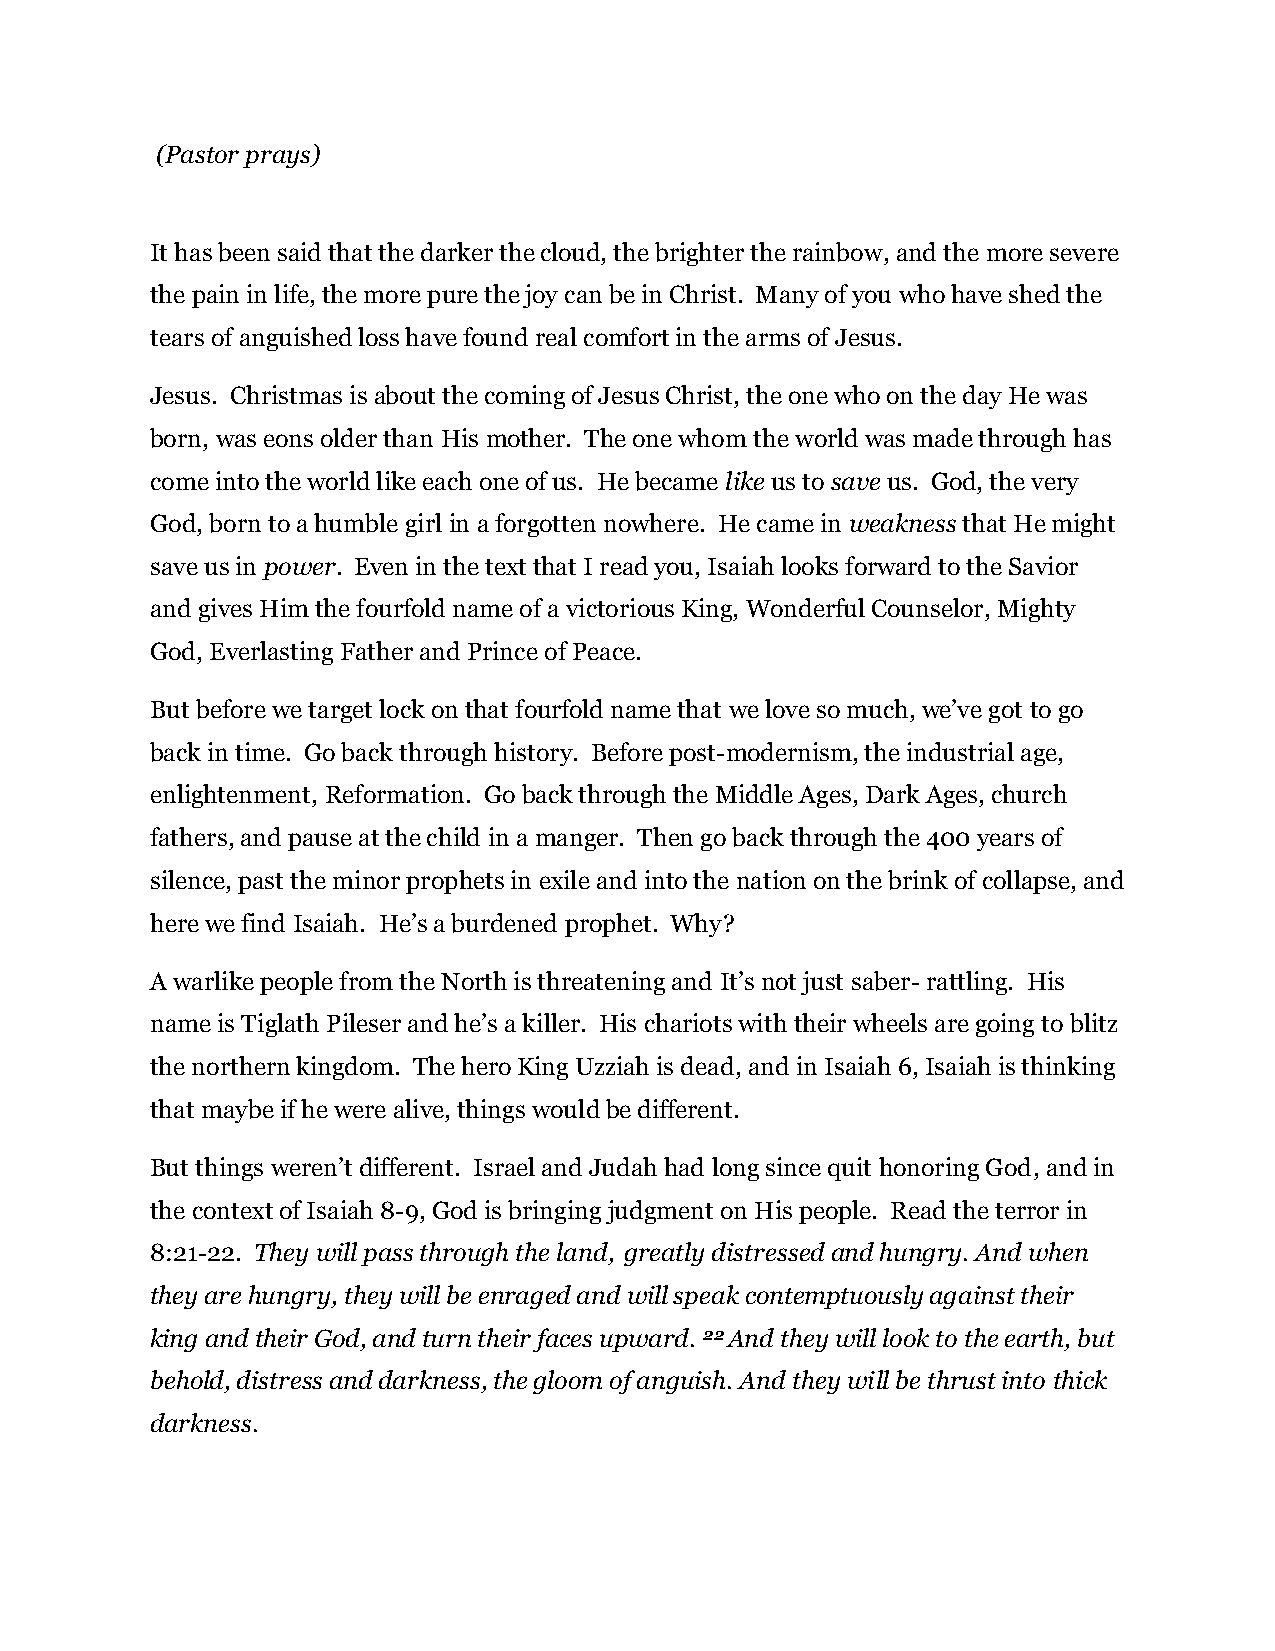
(Pastor prays)
 It has been said that the darker the cloud, the brighter the rainbow, and the more severe
 the pain in life, the more pure the joy can be in Christ. Many of you who have shed the
 tears of anguished loss have found real comfort in the arms of Jesus.
 Jesus. Christmas is about the coming of Jesus Christ, the one who on the day He was
 born, was eons older than His mother. The one whom the world was made through has
 come into the world like each one of us. He became like us to save us. God, the very
 God, born to a humble girl in a forgotten nowhere. He came in weakness that He might
 save us in power. Even in the text that I read you, Isaiah looks forward to the Savior
 and gives Him the fourfold name of a victorious King, Wonderful Counselor, Mighty
 God, Everlasting Father and Prince of Peace.
 But before we target lock on that fourfold name that we love so much, we’ve got to go
 back in time. Go back through history. Before post-modernism, the industrial age,
 enlightenment, Reformation. Go back through the Middle Ages, Dark Ages, church
 fathers, and pause at the child in a manger. Then go back through the 400 years of
 silence, past the minor prophets in exile and into the nation on the brink of collapse, and
 here we find Isaiah. He’s a burdened prophet. Why?
 A warlike people from the North is threatening and It’s not just saber- rattling. His
 name is Tiglath Pileser and he’s a killer. His chariots with their wheels are going to blitz
 the northern kingdom. The hero King Uzziah is dead, and in Isaiah 6, Isaiah is thinking
 that maybe if he were alive, things would be different.
 But things weren’t different. Israel and Judah had long since quit honoring God, and in
 the context of Isaiah 8-9, God is bringing judgment on His people. Read the terror in
 8:21-22. They will pass through the land, greatly distressed and hungry. And when
 they are hungry, they will be enraged and will speak contemptuously against their
 king and their God, and turn their faces upward. 22 And they will look to the earth, but
 behold, distress and darkness, the gloom of anguish. And they will be thrust into thick
 darkness.